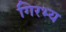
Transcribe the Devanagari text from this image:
गिरभ्य